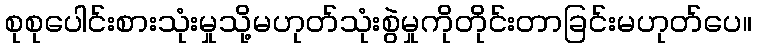
စုစုပေါင်းစားသုံးမှုသို့မဟုတ်သုံးစွဲမှုကိုတိုင်းတာခြင်းမဟုတ်ပေ။